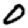
Digit: 0